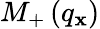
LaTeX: {{M}_{+}}\left({{q}_{\mathbf{x}}}\right)